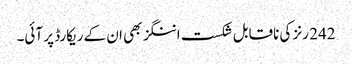
242 رنز کی ناقابل شکست اننگز بھی ان کے ریکارڈ پر آئی۔